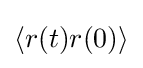
\left\langle r(t)r(0)\right\rangle